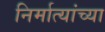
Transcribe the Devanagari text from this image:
निर्मात्यांच्या